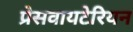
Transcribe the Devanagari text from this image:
प्रेसवायटेरियन